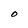
Character: O